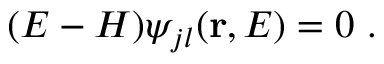
( E - H ) \psi _ { j l } ( { \bf r } , E ) = 0 ~ .